Civil Veterinary Department. United Provinces 1932-42 - 1932-1942
Year: 1932
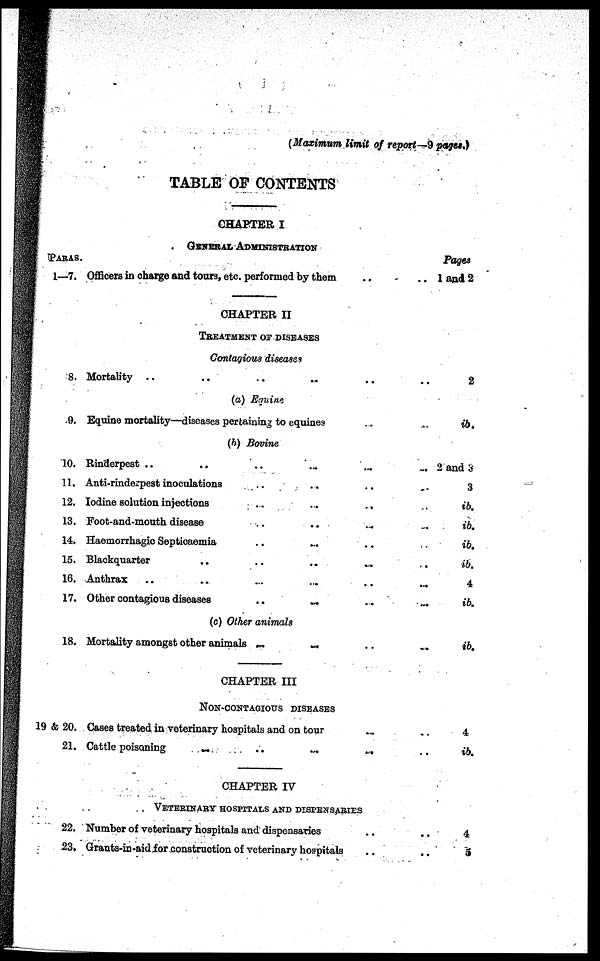
(Maximum limit of report—9 pages.)
TABLE OF CONTENTS
PARAS.
1—7.
8.
9.
10.
11.
12.
13.
14.
15.
16.
17.
18.
19 & 20.
21.
22.
23.
OHAPTER I
GENERAL ADMINISTRATION
Officers in charge and tours, etc. performed by them
CHAPTER II
TREATMENT OF DISEASES
Contagious diseases
Mortality .. .. .. .. ..
(a) Equine
Equine mortality—diseases pertaining to equines ..
(b) Bovine
Rinderpest .. .. .. .. ..
Anti-rinderpest inoculations .. .. ..
Iodine solution injections
..
..
..
Foot-and-mouth disease .. .. ..
Haemorrhagio Septicaemia .. .. ..
Blackquarter
..
..
..
..
Anthrax .. .. .. .. ..
Other contagious diseases
..
..
..
(c) Other animals
Mortality amongst other animals ... ... ..
CHAPTER III
NON-CONTACIOUS DISEASES
Cases treated in veterinary hospitals and on tour ..
Cattle poisoning
..
..
... ..
CHAPTER IV
VETERINABT HOSPITALS AND DISPES8ABIES
Number of veterinary hospitals and dispensaries ..
Qrante-in-aidior construction of veterinary hospitals ..
Pages
.. 1 and 2
.. 2
.. ib.
.. 2 and 3
.. 3
.. ib.
.. ib.
.. ib.
.. ib.
.. 4
.. ib.
.. ib.
.. 4
.. ib.
.. 4
.. 5